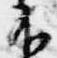
不